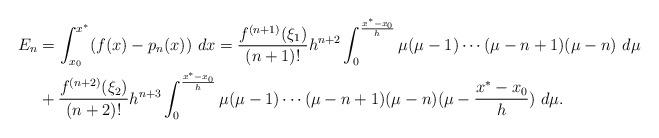
LaTeX: \begin{align*}\begin{aligned}E_n&=\int_{x_0}^{x^*}(f(x)-p_n(x))\ dx=\frac{f^{(n+1)}(\xi_1)}{(n+1)!}h^{n+2}\int_{0}^{\frac{x^*-x_0}{h}}\mu(\mu-1)\cdots(\mu-n+1)(\mu-n)\ d\mu\\&+\frac{f^{(n+2)}(\xi_2)}{(n+2)!}h^{n+3}\int_{0}^{\frac{x^*-x_0}{h}} \mu(\mu-1)\cdots(\mu-n+1)(\mu-n)(\mu-\frac{x^*-x_0}{h})\ d\mu.\end{aligned}\end{align*}